画像に写った文字を読んでください
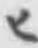
「ヒ」と書いてあります